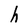
Character: h